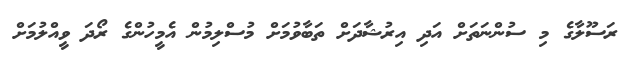
ރަސޫލާގެ މި ސުންނަތަށް އަދި އިރުޝާދަށް ތަބާވުމަށް މުސްލިމުން އެމީހުންގެ ރޯދަ ވީއްލުމަށް